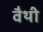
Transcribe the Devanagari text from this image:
वैथी